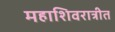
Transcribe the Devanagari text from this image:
महाशिवरात्रीत